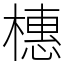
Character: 橞